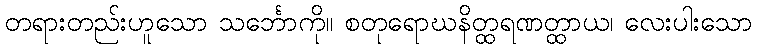
တရားတည်းဟူသော သင်္ဘောကို။ စတုရောဃနိတ္ထရဏတ္ထာယ၊ လေးပါးသော